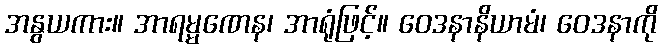
အနွယကား။ အာရမ္မဏေန၊ အာရုံဖြင့်။ ဝေဒနာနိယာမံ၊ ဝေဒနာကို